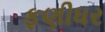
ફણીધર